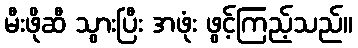
မီးဖိုဆီ သွားပြီး အဖုံး ဖွင့်ကြည့်သည်။